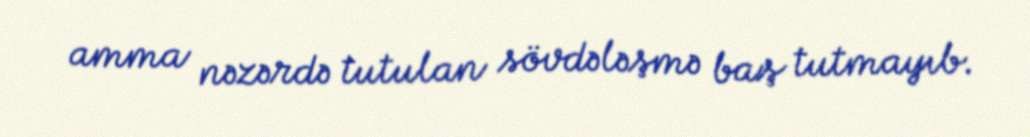
amma nəzərdə tutulan sövdələşmə baş tutmayıb.